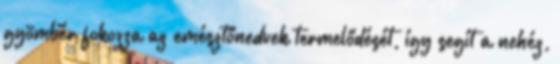
gyömbér fokozza az emésztőnedvek termelődését, így segít a nehéz,